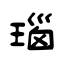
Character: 瑙